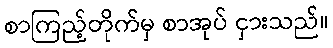
စာကြည့်တိုက်မှ စာအုပ် ငှားသည်။